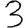
Digit: 3